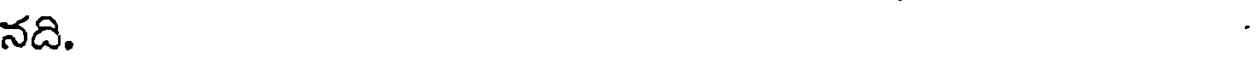
నది.